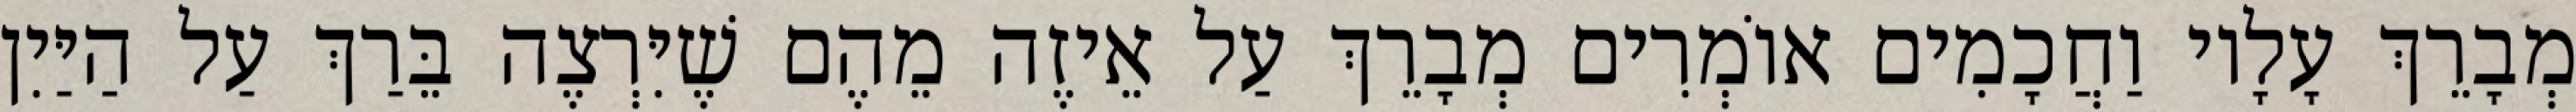
מְבָרֵךְ עָלָיו וַחֲכָמִים אוֹמְרִים מְבָרֵךְ עַל אֵיזֶה מֵהֶם שֶׁיִּרְצֶה בֵּרַךְ עַל הַיַּיִן